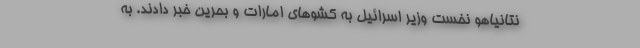
نتانیاهو نخست وزیر اسرائیل به کشو‌های امارات و بحرین خبر دادند. به